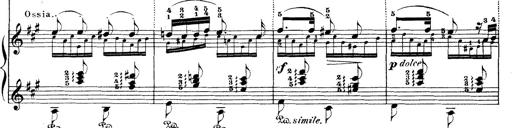
Title: Wagner-Liszt Album
Composer: Franz Liszt